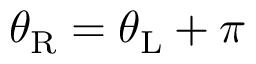
\theta _ { \mathrm { R } } = \theta _ { \mathrm { L } } + \pi